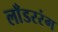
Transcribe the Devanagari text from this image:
लाँडररंग